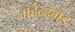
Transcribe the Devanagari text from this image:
महेन्द्रगड